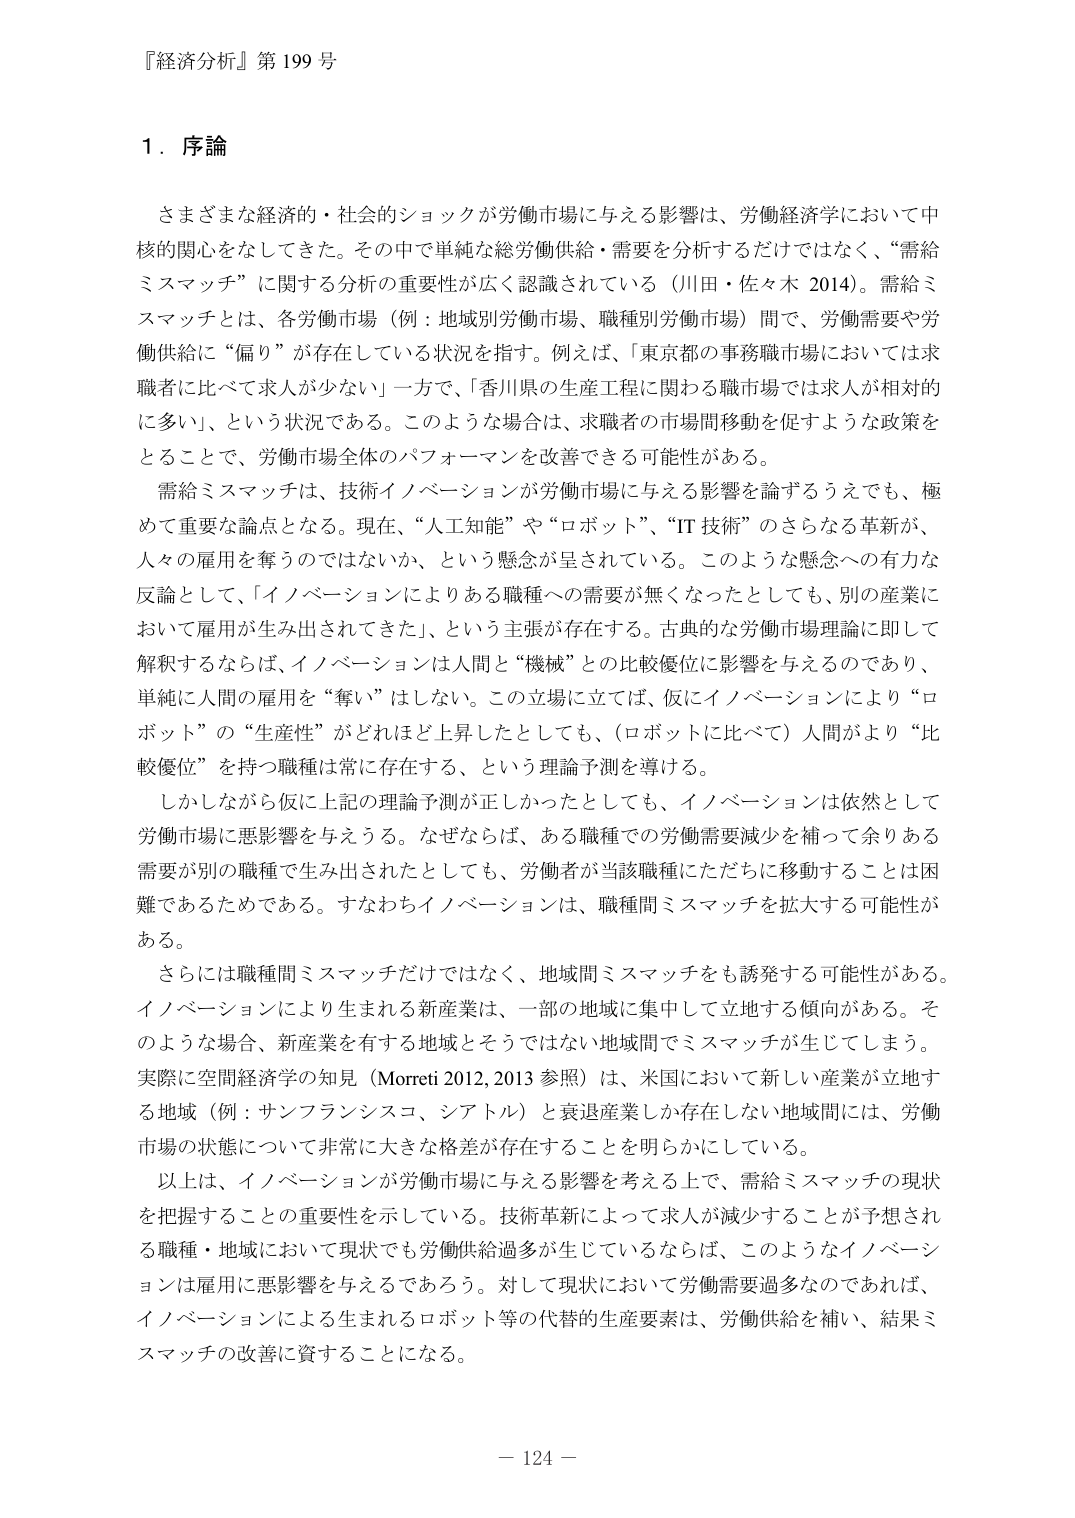
『経済分析』第199号

1．序論

さまざまな経済的・社会的ショックが労働市場に与える影響は、労働経済学において中核的関心をなしてきた。その中で単純な総労働供給・需要を分析するだけではなく、“需給ミスマッチ”に関する分析の重要性が広く認識されている（川田・佐々木 2014）。需給ミスマッチとは、各労働市場（例：地域別労働市場、職種別労働市場）間で、労働需要や労働供給に“偏り”が存在している状況を指す。例えば、「東京都の事務職市場においては求職者に比べて求人が少ない」一方で、「香川県の生産工程に関わる職市場では求人が相対的に多い」、という状況である。このような場合は、求職者の市場間移動を促すような政策をとることで、労働市場全体のパフォーマンスを改善できる可能性がある。

需給ミスマッチは、技術イノベーションが労働市場に与える影響を論ずるうえでも、極めて重要な論点となる。現在、“人工知能”や“ロボット”、“IT技術”のさらなる革新が、人々の雇用を奪うのではないか、という懸念が呈されている。このような懸念への有力な反論として、「イノベーションによりある職種への需要が無くなったとしても、別の産業において雇用が生み出されてきた」、という主張が存在する。古典的な労働市場理論に即して解釈するならば、イノベーションは人間と“機械”との比較優位に影響を与えるのであり、単純に人間の雇用を“奪い”はしない。この立場に立てば、仮にイノベーションにより“ロボット”の“生産性”がどれほど上昇したとしても、（ロボットに比べて）人間がより“比較優位”を持つ職種は常に存在する、という理論予測を導ける。

しかしながら仮に上記の理論予測が正しかったとしても、イノベーションは依然として労働市場に悪影響を与える。なぜならば、ある職種での労働需要減少を補って余りある需要が別の職種で生み出されたとしても、労働者が当該職種にただちに移動することは困難であるためである。すなわちイノベーションは、職種間ミスマッチを拡大する可能性がある。

さらには職種間ミスマッチだけではなく、地域間ミスマッチをも誘発する可能性がある。イノベーションにより生まれる新産業は、一部の地域に集中して立地する傾向がある。そのような場合、新産業を有する地域とそうではない地域間でミスマッチが生じてしまう。実際に空間経済学の知見（Morreti 2012, 2013 参照）は、米国において新しい産業が立地する地域（例：サンフランシスコ、シアトル）と衰退産業しか存在しない地域間には、労働市場の状態について非常に大きな格差が存在することを明らかにしている。

以上は、イノベーションが労働市場に与える影響を考える上で、需給ミスマッチの現状を把握することの重要性を示している。技術革新によって求人が減少することが予想される職種・地域において現状でも労働供給過多が生じているならば、このようなイノベーションは雇用に悪影響を与えるであろう。対して現状において労働需要過多なのであれば、イノベーションによる生まれるロボット等の代替的生産要素は、労働供給を補い、結果ミスマッチの改善に資することになる。

－ 124 －